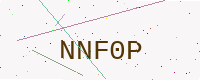
Text: NNF0P